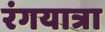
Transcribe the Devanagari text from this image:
रंगयात्रा